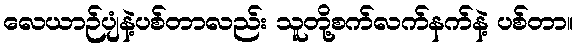
လေယာဉ်ပျံနဲ့ပစ်တာလည်း သူတို့စက်လက်နက်နဲ့ ပစ်တာ။